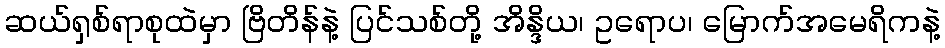
ဆယ်ရှစ်ရာစုထဲမှာ ဗြိတိန်နဲ့ ပြင်သစ်တို့ အိန္ဒိယ၊ ဥရောပ၊ မြောက်အမေရိကနဲ့